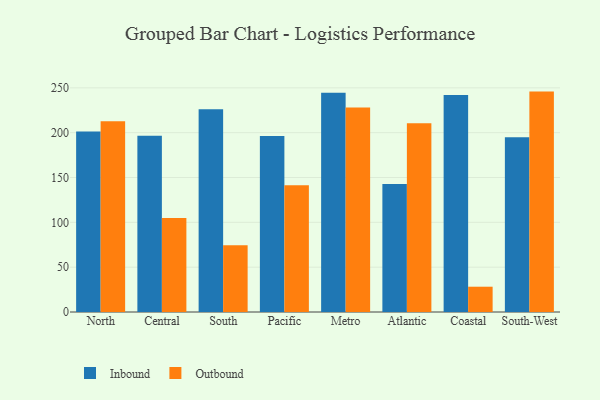
{"axis": {"x": "Region", "y": "Bounce Rate (%)"}, "legend": ["Inbound", "Outbound"], "data": [{"x": "North", "y": 201.3, "type": "Inbound"}, {"x": "North", "y": 212.8, "type": "Outbound"}, {"x": "Central", "y": 196.7, "type": "Inbound"}, {"x": "Central", "y": 104.9, "type": "Outbound"}, {"x": "South", "y": 226.0, "type": "Inbound"}, {"x": "South", "y": 74.4, "type": "Outbound"}, {"x": "Pacific", "y": 196.3, "type": "Inbound"}, {"x": "Pacific", "y": 141.3, "type": "Outbound"}, {"x": "Metro", "y": 244.4, "type": "Inbound"}, {"x": "Metro", "y": 228.2, "type": "Outbound"}, {"x": "Atlantic", "y": 142.7, "type": "Inbound"}, {"x": "Atlantic", "y": 210.4, "type": "Outbound"}, {"x": "Coastal", "y": 241.9, "type": "Inbound"}, {"x": "Coastal", "y": 28.2, "type": "Outbound"}, {"x": "South-West", "y": 195.0, "type": "Inbound"}, {"x": "South-West", "y": 245.8, "type": "Outbound"}]}